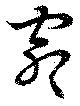
窖